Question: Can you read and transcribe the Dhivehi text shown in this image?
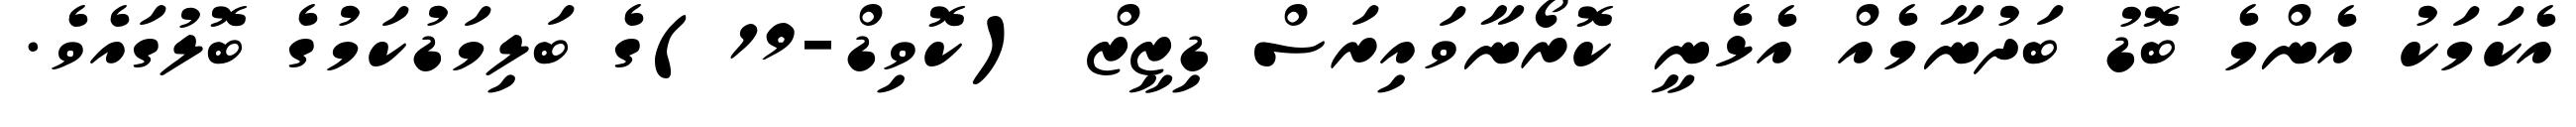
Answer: އެކަމަކު އެންމެ ބޮޑު ބަދުނާމެއް އެޅެނީ ކޮރޯނާވައިރަސް ޑިޒީޒް (ކޮވިޑް-19)ގެ ބަލިމަޑުކަމުގެ ބޮލުގައެވެ.